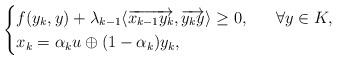
LaTeX: \begin{align*}\begin{cases}f(y_k,y)+\lambda_{k-1}\langle \overrightarrow{x_{k-1}y_k},\overrightarrow{y_ky}\rangle \geq 0 ,\ \ \ \ \ \forall y\in K,\\x_k=\alpha_k u\oplus(1-\alpha_k)y_k,\\\end{cases}\end{align*}